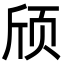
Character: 颀